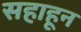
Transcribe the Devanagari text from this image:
सहाहून